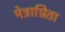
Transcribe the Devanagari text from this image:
मेत्राग्रिता